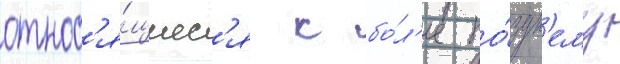
относ'я́щиес'я к бо́л'ее по́здн'ему